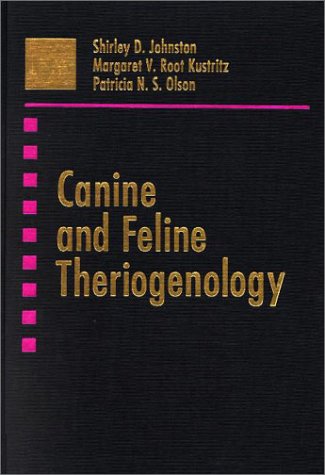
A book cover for Canine and Feline Theriogenology, 1e; Shirley D. Johnston DVM  PhD  DACT; Medical Books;